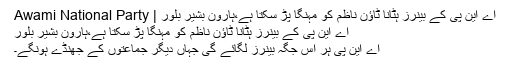
اے این پی کے بینرز ہٹانا ٹاؤن ناظم کو مہنگا پڑ سکتا ہے،ہارون بشیر بلور | Awami National Party
اے این پی کے بینرز ہٹانا ٹاؤن ناظم کو مہنگا پڑ سکتا ہے،ہارون بشیر بلور
اے این پی ہر اس جگہ بینرز لگائے گی جہاں دیگر جماعتوں کے جھنڈے ہونگے۔